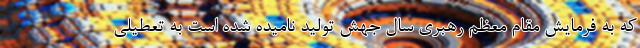
که به فرمایش مقام معظم رهبری سال جهش تولید نامیده شده است به تعطیلی